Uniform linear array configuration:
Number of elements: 16
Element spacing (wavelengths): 0.25
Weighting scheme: exponential
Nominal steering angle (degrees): -30
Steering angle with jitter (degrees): -30.269
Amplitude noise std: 0.05
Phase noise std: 0.05

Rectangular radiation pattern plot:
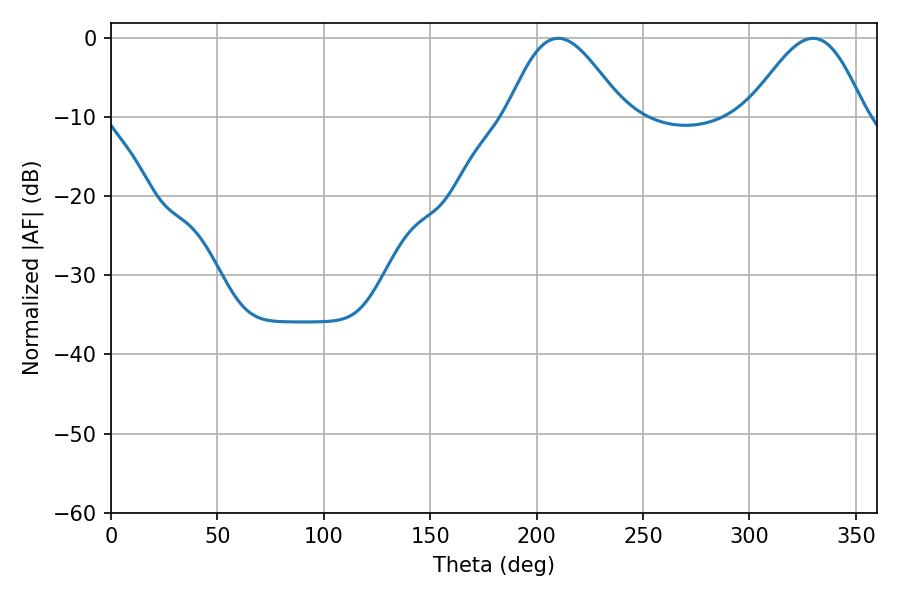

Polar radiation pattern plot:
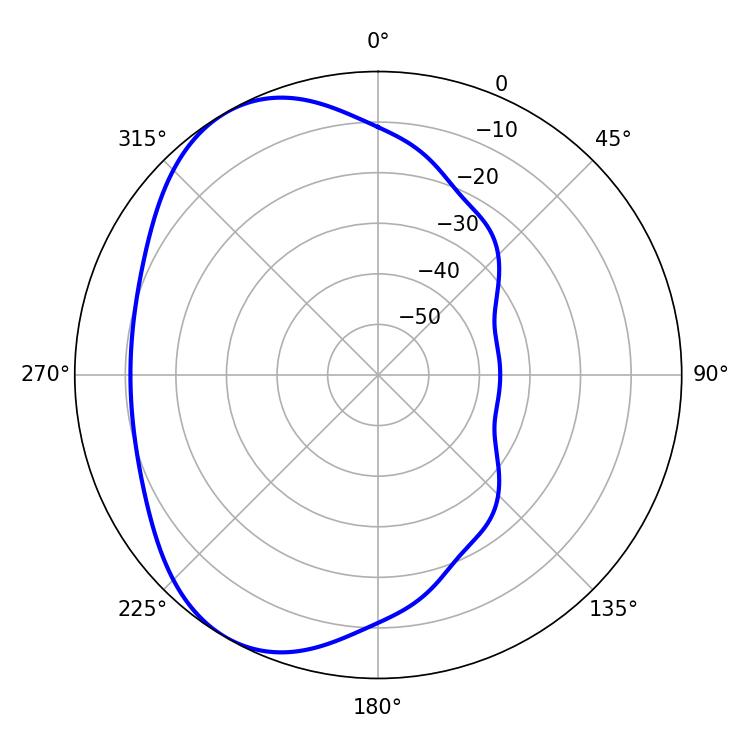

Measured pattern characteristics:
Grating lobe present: FALSE
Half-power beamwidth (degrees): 29.34
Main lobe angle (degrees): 210.06